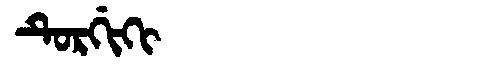
Manchu: ᡨᡠᡵᡤᡳᡴᡳ
Romanization: TURGIKI